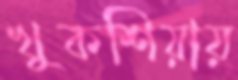
খুকশিয়ায়